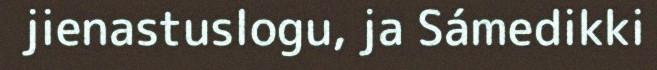
jienastuslogu, ja Sámedikki